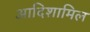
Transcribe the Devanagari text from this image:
आदिशामिल